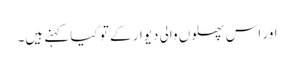
اور اس پھلوں والی دیوار کے تو کیا کہنے ہیں۔